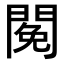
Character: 𨵃